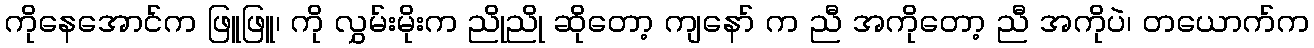
ကိုနေအောင်က ဖြူဖြူ၊ ကို လွှမ်းမိုးက ညိုညို ဆိုတော့ ကျနော် က ညီ အကိုတော့ ညီ အကိုပဲ၊ တယောက်က